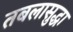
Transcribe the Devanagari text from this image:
तबलासुद्धा